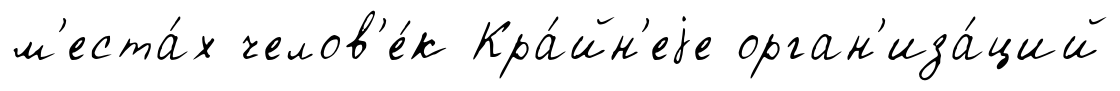
м'еста́х челов'е́к Кра́йн'еjе орган'иза́ций